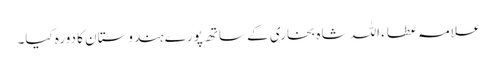
علامہ عطاء اللہ شاہ بخاری کے ساتھ پورے ہندوستان کا دورہ کیا۔